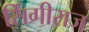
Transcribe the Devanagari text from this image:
सिंगीराज